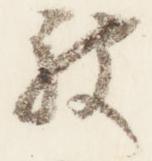
被